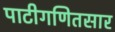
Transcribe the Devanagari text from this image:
पाटीगणितसार